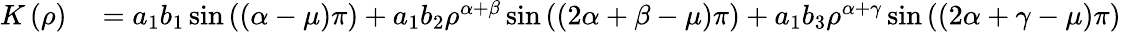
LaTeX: \begin{array}{rl}{K\left(\rho\right)}&{{}=a_{1}b_{1}\sin\left(\left(\alpha-\mu\right)\pi\right)+a_{1}b_{2}\rho^{\alpha+\beta}\sin\left(\left(2\alpha+\beta-\mu\right)\pi\right)+a_{1}b_{3}\rho^{\alpha+\gamma}\sin\left(\left(2\alpha+\gamma-\mu\right)\pi\right)}\end{array}